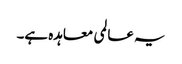
یہ عالمی معاہدہ ہے۔